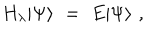
LaTeX: H _ { \lambda } | \Psi \rangle \, \, = \, \, E | \Psi \rangle \, \, ,